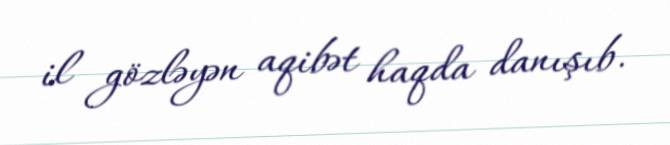
il gözləyən aqibət haqda danışıb.